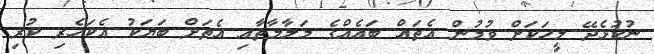
ނުކުޅެދޭ މީހަކަށް ވުމުން އެތައް ބައެއްގެ މަލާމާތާއި އެތަށް ބަޔަކު އެކަހެރި ކުރި